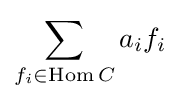
\sum _{f_{i}\in \operatorname {Hom} C}a_{i}f_{i}